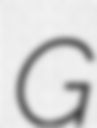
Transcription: G